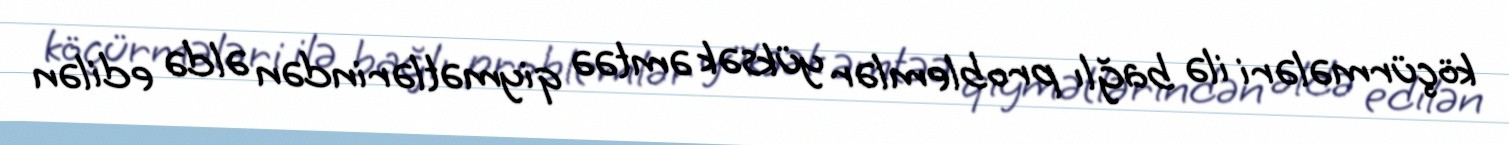
köçürmələri ilə bağlı problemlər yüksək əmtəə qiymətlərindən əldə edilən